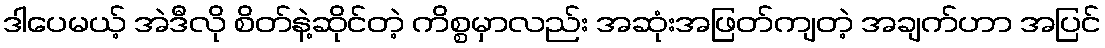
ဒါပေမယ့် အဲဒီလို စိတ်နဲ့ဆိုင်တဲ့ ကိစ္စမှာလည်း အဆုံးအဖြတ်ကျတဲ့ အချက်ဟာ အပြင်